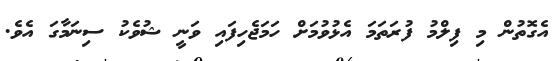
އެގޮތުން މި ފިލްމު ފުރަތަމަ އެޅުވުމަށް ހަމަޖެހިފައި ވަނީ ޝުވެކު ސިނަމާގަ އެވެ.